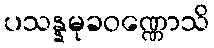
ပသန္နမုခဝဏ္ဏောသိ